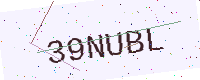
Text: 39NUBL